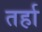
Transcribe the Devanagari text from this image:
तर्हा